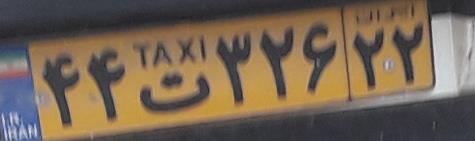
۴۴ت۳۲۶۲۲